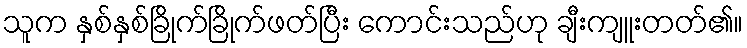
သူက နှစ်နှစ်ခြိုက်ခြိုက်ဖတ်ပြီး ကောင်းသည်ဟု ချီးကျူးတတ်၏။